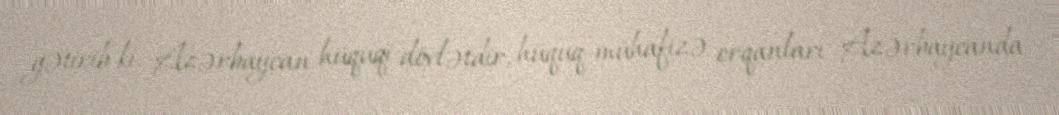
gətirib ki, Azərbaycan hüquqi dövlətdir, hüquq-mühafizə orqanları Azərbaycanda